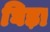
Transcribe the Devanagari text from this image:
घिड़ा